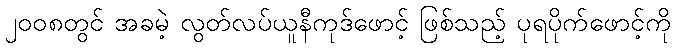
၂၀၀၈တွင် အခမဲ့ လွတ်လပ်ယူနီကုဒ်ဖောင့် ဖြစ်သည့် ပုရပိုက်ဖောင့်ကို